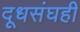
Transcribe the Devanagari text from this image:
दूधसंघही